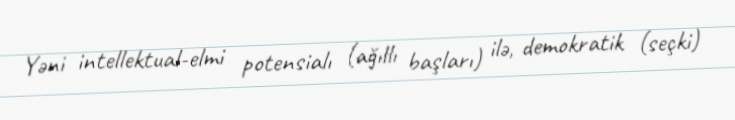
Yəni intellektual-elmi potensialı (ağıllı başları) ilə, demokratik (seçki)